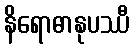
နိရောဓာနုပဿီ